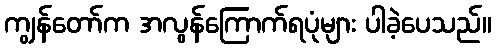
ကျွန်တော်က အလွန်ကြောက်ရပုံများ ပါခဲ့ပေသည်။